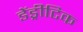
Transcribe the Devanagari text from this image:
डेंड्रीटिक